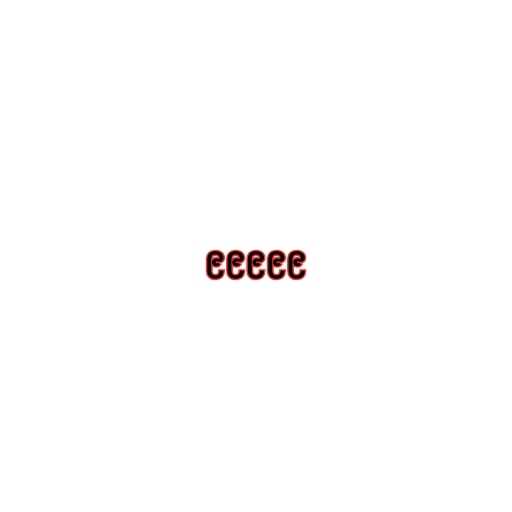
၉၉၉၉၉